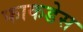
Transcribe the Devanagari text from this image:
फाकडेस